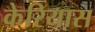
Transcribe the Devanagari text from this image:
केरियास